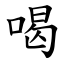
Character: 喝